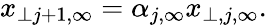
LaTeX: x_{\perp j+1,\infty}=\alpha_{j,\infty}x_{\perp,j,\infty}.